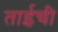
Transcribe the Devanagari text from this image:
ताईची